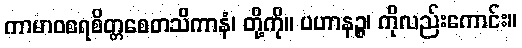
ကာမာဝစရစိတ္တစေတသိကာနံ၊ တို့ကို။ ပဟာနဉ္စ၊ ကိုလည်းကောင်း။